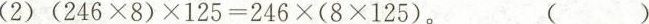
(2)(246×8)×$$125=246×(8×125)$$。( )